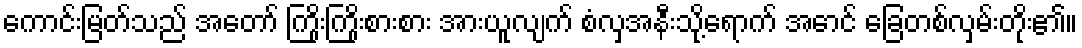
ကောင်းမြတ်သည် အတော် ကြိုးကြိုးစားစား အားယူလျက် စံလှအနီးသို့ရောက် အောင် ခြေတစ်လှမ်းတိုး၏။